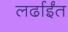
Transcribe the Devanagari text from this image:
लर्ढाईंत